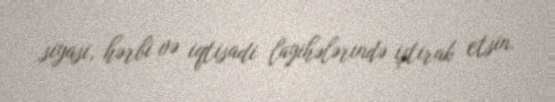
siyasi, hərbi və iqtisadi layihələrində iştirak etsin.